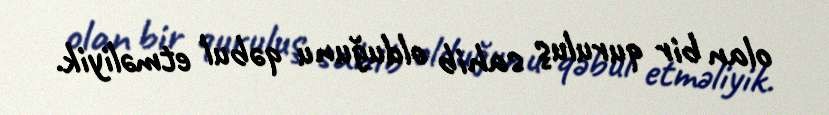
olan bir quruluş sahib olduğunu qəbul etməliyik.